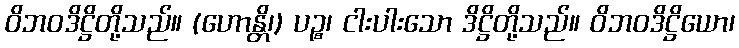
ဝိဘဝဒိဋ္ဌိတို့သည်။ (ဟောန္တိ၊) ပဉ္စ၊ ငါးပါးသော ဒိဋ္ဌိတို့သည်။ ဝိဘဝဒိဋ္ဌိယော၊